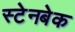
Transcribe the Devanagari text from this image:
स्टेनबेक